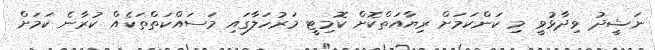
ނަޝީދު ވިދާޅުވީ މި ކަންކަމަށް ރިޔާއަތްކޮށް ކޮމިޓީ މަރުހަލާގައި މަސައްކަތްތަކެއް ކުރާނެ ކަމަށް